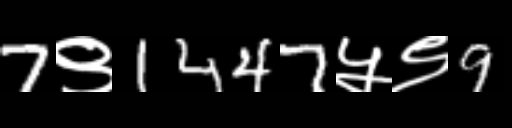
Text: 7९1447५९9